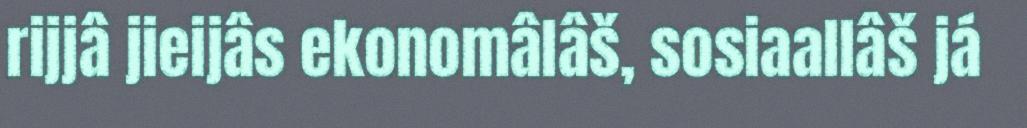
rijjâ jieijâs ekonomâlâš, sosiaallâš já